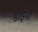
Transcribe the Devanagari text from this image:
डाइनो